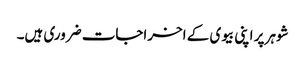
شوہر پر اپنی بیوی کے اخراجات ضروری ہیں۔